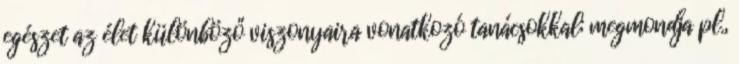
egészet az élet különböző viszonyaira vonatkozó tanácsokkal; megmondja pl.,